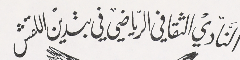
التَادي الثقافي الرياضي في بتدين اللقش